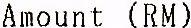
AMOUNT (RM)